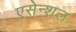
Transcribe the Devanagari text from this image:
एसेन्शल